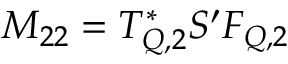
M _ { 2 2 } = T _ { Q , 2 } ^ { * } S ^ { \prime } F _ { Q , 2 }